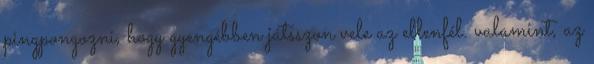
pingpongozni, hogy gyengébben játsszon vele az ellenfél. valamint, az